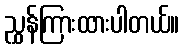
ညွှန်ကြားထားပါတယ်။